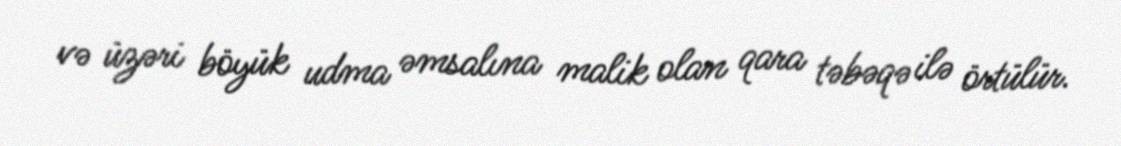
və üzəri böyük udma əmsalına malik olan qara təbəqə ilə örtülür.